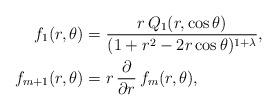
LaTeX: \begin{align*}f_1(r,\theta)&=\frac{r\,Q_1(r,\cos\theta)}{(1+r^2-2r\cos\theta)^{1+\lambda}}, \\f_{m+1}(r,\theta)&=r\,\frac{\partial}{\partial r}\,f_m(r,\theta),\end{align*}